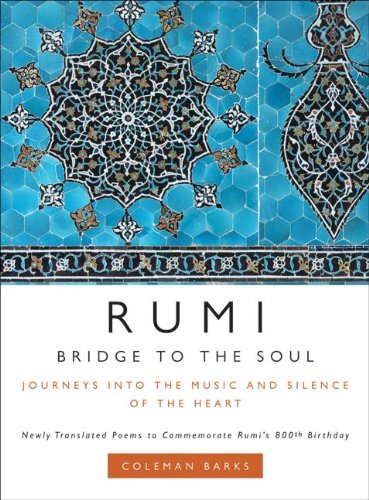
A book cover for Rumi: Bridge to the Soul: Journeys into the Music and Silence of the Heart; Coleman Barks; Religion & Spirituality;